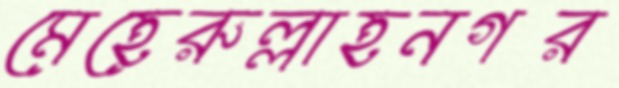
মেহেরুল্লাহনগর